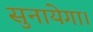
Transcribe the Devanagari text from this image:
सुनायेगा।